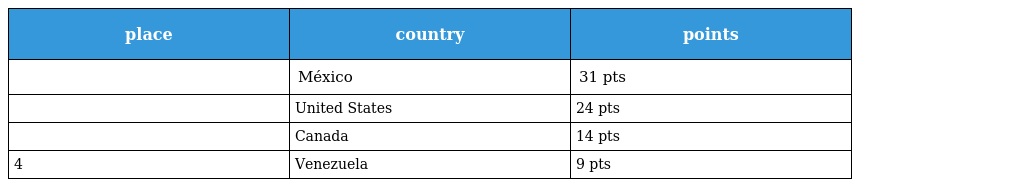
| place | country | points |
 | --- | --- | --- |
 |  | México | 31 pts |
 |  | United States | 24 pts |
 |  | Canada | 14 pts |
 | 4 | Venezuela | 9 pts |